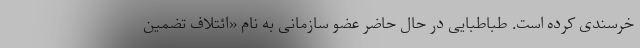
خرسندی کرده است. طباطبایی در حال حاضر عضو سازمانی به نام «ائتلاف تضمین